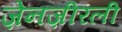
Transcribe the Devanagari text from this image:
ज़ेनज़ीरली